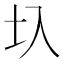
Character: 圦